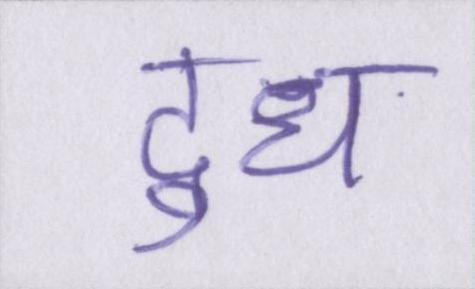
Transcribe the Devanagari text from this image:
दुध